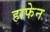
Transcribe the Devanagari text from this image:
हाफेन